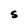
Character: 5